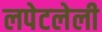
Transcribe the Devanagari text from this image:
लपेटलेली